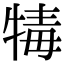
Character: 𤚚